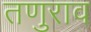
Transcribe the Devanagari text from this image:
तणुराव